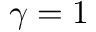
\gamma = 1